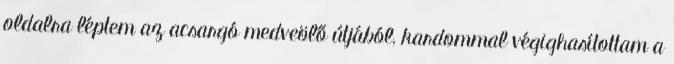
oldalra léptem az acsargó medveölő útjából, kardommal végighasítottam a